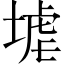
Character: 𱗒